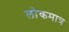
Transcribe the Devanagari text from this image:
लोकमात्र